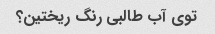
توی آب طالبی رنگ ریختین؟